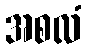
အစလံ